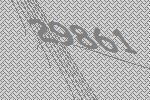
29861